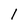
Character: 1